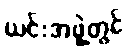
ယင်းအဖွဲ့တွင်